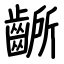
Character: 齭